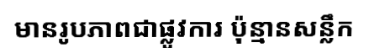
មានរូបភាពជាផ្លូវការ ប៉ុន្មានសន្លឹក